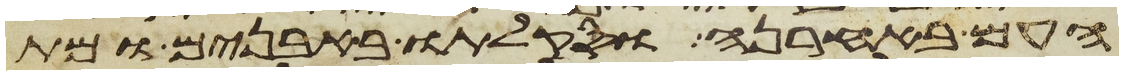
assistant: העם באחרנה וסקלתו באבנים ומת